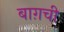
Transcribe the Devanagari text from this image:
बाग़ची